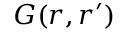
\boldsymbol { G } ( \boldsymbol { r } , \boldsymbol { r } ^ { \prime } )